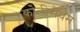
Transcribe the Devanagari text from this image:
कोलीसेयम